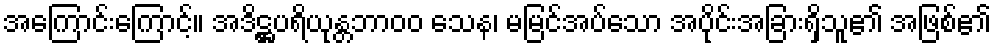
အကြောင်းကြောင့်။ အဒိဋ္ဌပရိယုန္တဘာ၀၀ သေန၊ မမြင်အပ်သော အပိုင်းအခြားရှိသူ၏ အဖြစ်၏